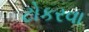
ટોકરવા